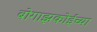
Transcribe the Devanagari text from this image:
बोगाझकोईच्या